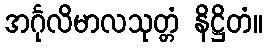
အင်္ဂုလိမာလသုတ္တံ နိဋ္ဌိတံ။